Annual report of the Punjab Veterinary College and of the Civil Veterinary Department, Punjab - 1926-1932
Year: 1926
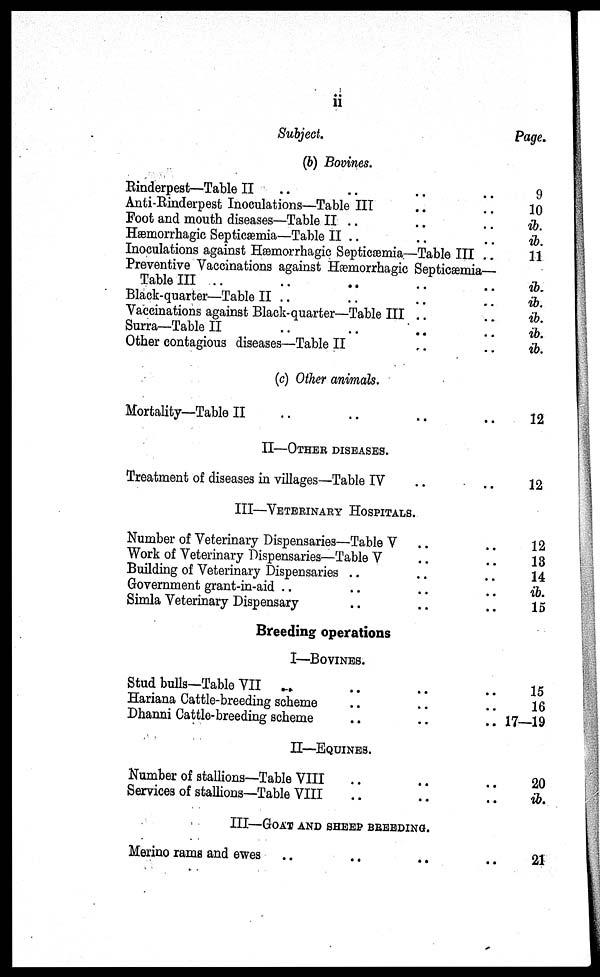
ii
Subject.
(b) Bovines.
Rinderpest—Table II .. .. .. ..
Anti-Rinderpest Inoculations—Table III .. ..
Foot and mouth diseases—Table II .. .. .. ..
Hæmorrhagic Septicæmia—Table II .. .. ..
Inoculations against Hæmorrhagic Septicæmia—Table III ..
Preventive Vaccinations against Hæmorrhagic Septicæmia—
Table III .. .. .. .. ..
Black-quarter—Table II .. .. .. ..
Vaccinations against Black-quarter—Table III .. ..
Surra—Table II .. .. .. .. ..
Other contagious diseases—Table II .. ..
(c) Other animals.
Mortality—Table II .. .. .. ..
II—OTHER DISEASES.
Treatment of diseases in villages—Table IV .. ..
III—VETERINARY HOSPITALS.
Number of Veterinary Dispensaries—Table V .. ..
Work of Veterinary Dispensaries—Table V .. ..
Building of Veterinary Dispensaries .. .. ..
Government grant-in-aid .. .. .. ..
Simla Veterinary Dispensary .. .. ..
Breeding operations
I—BOVINES.
Stud bulls—Table VII .. .. .. ..
Hariana Cattle-breeding scheme .. .. ..
Dhanni Cattle-breeding scheme .. .. ..
II—EQUINES.
Number of stallions—Table VIII .. .. ..
Services of stallions—Table VIII .. .. .. ..
III—GOAT AND SHEEP BREEDING.
Merino rams and ewes .. .. ..
Page.
9
10
ib.
ib.
11
ib.
ib.
ib.
ib.
ib.
12
12
12
13
14
ib.
15
15
16
17—19
20
ib.
21